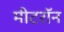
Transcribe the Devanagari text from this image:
मीटरॉन